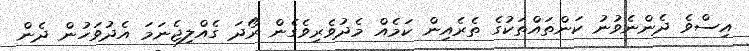
އިސްވެ ދެންނެވުނު ކަންތައްތަކުގެ ތެރެއިން ކަމެއް މެދުވެރިވެގެން ރޯދަ ގެއްލިޖެނަމަ އެދުވަހުން ދެން